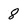
Character: 8